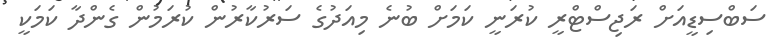
ސަބްސިޑީއަށް ރަޖިސްޓްރީ ކުރަނީ ކަމަށް ބުނެ މިއަދުގެ ސަރުކާރުން ކުރަމުން ގެެންދާ ކަމަކީ